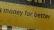
money